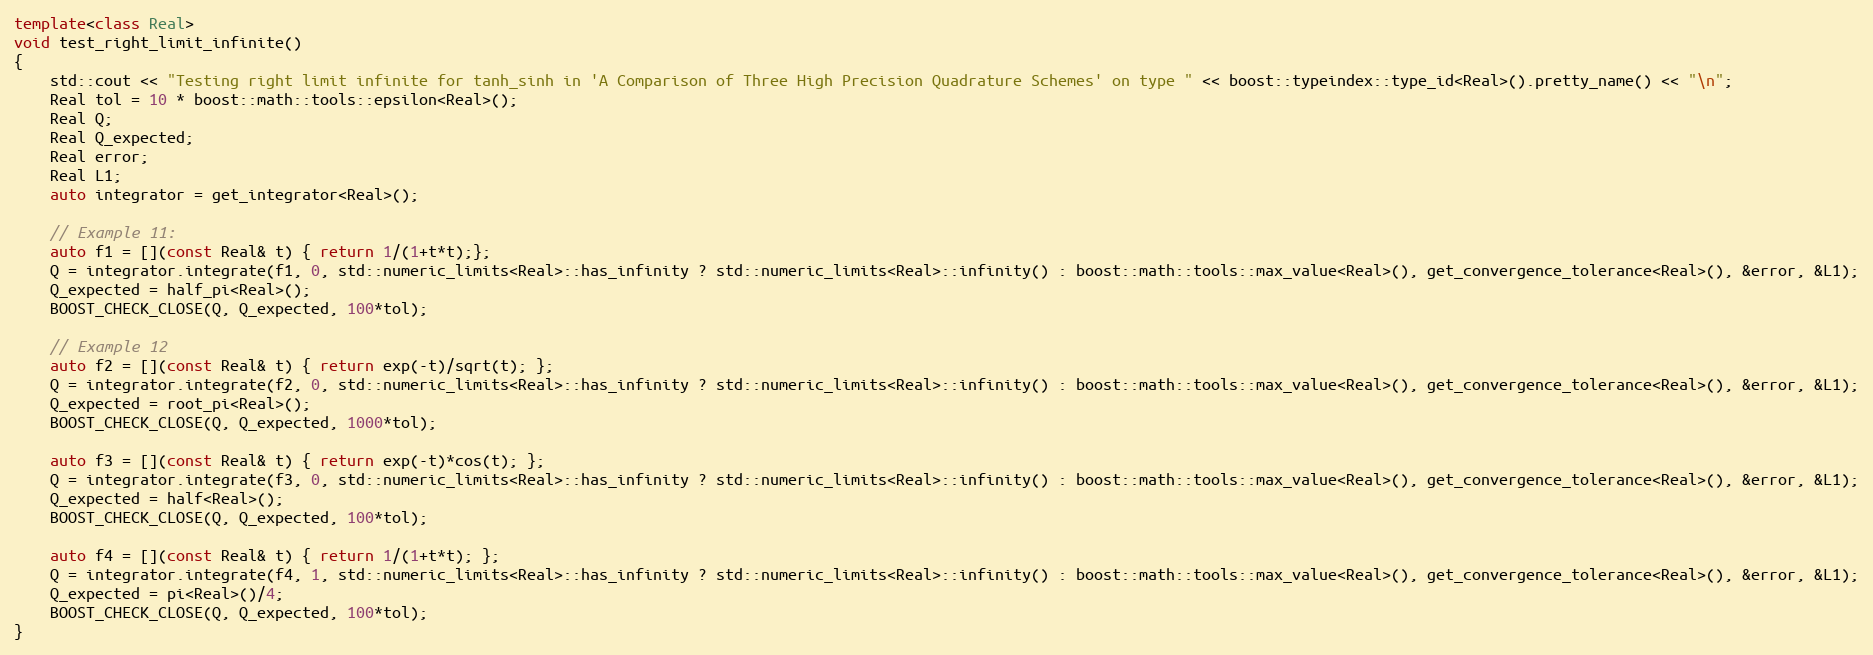
Language: C++
template<class Real>
void test_right_limit_infinite()
{
    std::cout << "Testing right limit infinite for tanh_sinh in 'A Comparison of Three High Precision Quadrature Schemes' on type " << boost::typeindex::type_id<Real>().pretty_name() << "\n";
    Real tol = 10 * boost::math::tools::epsilon<Real>();
    Real Q;
    Real Q_expected;
    Real error;
    Real L1;
    auto integrator = get_integrator<Real>();

    // Example 11:
    auto f1 = [](const Real& t) { return 1/(1+t*t);};
    Q = integrator.integrate(f1, 0, std::numeric_limits<Real>::has_infinity ? std::numeric_limits<Real>::infinity() : boost::math::tools::max_value<Real>(), get_convergence_tolerance<Real>(), &error, &L1);
    Q_expected = half_pi<Real>();
    BOOST_CHECK_CLOSE(Q, Q_expected, 100*tol);

    // Example 12
    auto f2 = [](const Real& t) { return exp(-t)/sqrt(t); };
    Q = integrator.integrate(f2, 0, std::numeric_limits<Real>::has_infinity ? std::numeric_limits<Real>::infinity() : boost::math::tools::max_value<Real>(), get_convergence_tolerance<Real>(), &error, &L1);
    Q_expected = root_pi<Real>();
    BOOST_CHECK_CLOSE(Q, Q_expected, 1000*tol);

    auto f3 = [](const Real& t) { return exp(-t)*cos(t); };
    Q = integrator.integrate(f3, 0, std::numeric_limits<Real>::has_infinity ? std::numeric_limits<Real>::infinity() : boost::math::tools::max_value<Real>(), get_convergence_tolerance<Real>(), &error, &L1);
    Q_expected = half<Real>();
    BOOST_CHECK_CLOSE(Q, Q_expected, 100*tol);

    auto f4 = [](const Real& t) { return 1/(1+t*t); };
    Q = integrator.integrate(f4, 1, std::numeric_limits<Real>::has_infinity ? std::numeric_limits<Real>::infinity() : boost::math::tools::max_value<Real>(), get_convergence_tolerance<Real>(), &error, &L1);
    Q_expected = pi<Real>()/4;
    BOOST_CHECK_CLOSE(Q, Q_expected, 100*tol);
}